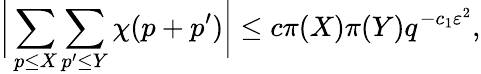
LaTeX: {\biggl|}\sum_{p\leq X}\sum_{p^{\prime}\leq Y}\chi(p+p^{\prime}){\biggr|}\leq c\pi(X)\pi(Y)q^{-c_{1}\varepsilon^{2}},